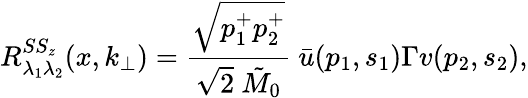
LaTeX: R_{\lambda_{1}\lambda_{2}}^{SS_{z}}(x,k_{\bot})={\frac{\sqrt{p_{1}^{+}p_{2}^{+}}}{\sqrt{2}~{\tilde{M}_{0}}}}~\bar{u}(p_{1},s_{1})\Gamma v(p_{2},s_{2}),